Report on plague in the Punjab from October 1st ... to September 30th ..., being the ... season of plague in the province
Disease focus: Plague
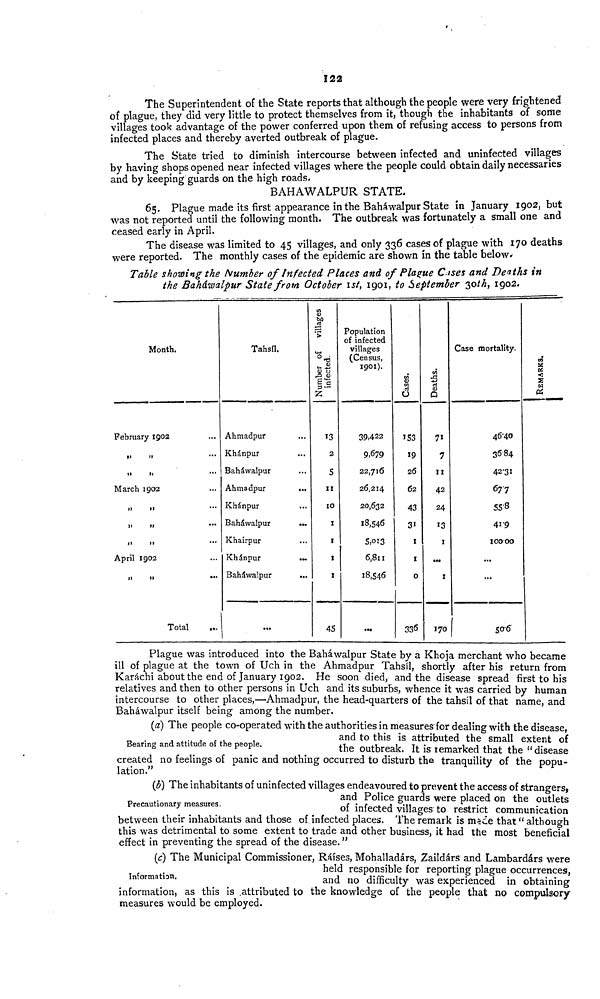
122
The Superintendent of the State reports that although the people were very frightened
of plague, they did very little to protect themselves from it, though the inhabitants of some
villages took advantage of the power conferred upon them of refusing access to persons from
infected places and thereby averted outbreak of plague.
The State tried to diminish intercourse between infected and uninfected villages
by having shops opened near infected villages where the people could obtain daily necessaries
and by keeping guards on the high roads.
BAHAWALPUR STATE.
65. Plague made its first appearance in the Baháwalpur State in January 1902, but
was not reported until the following month. The outbreak was fortunately a small one and
ceased early in April.
The disease was limited to 45 villages, and only 336 cases of plague with 170 deaths
were reported. The monthly cases of the epidemic are shown in the table below
Table showing the Number of Infected Places and of Plague Cises and Deaths in
the Baháwalpur State from October ist, 1901, to September 30 th, 1902.
Month.
February 1902 ...
'' '' ...
'' '' ...
March 1902 ...
...
" '' ...
'' " ...
April 1902 ...
'' " ...
Total
Tahsil.
Ahmadpur
Khánpur ...
Baháwalpur ...
Ahmadpur
...
Khánpur ...
Baháwalpur
...
Khairpur ...
Khánpur
...
Baháwalpur
...
...
Number of villages infected.
2
5
11
10
1
1
1
I
45
Population
of infected
villages
(Census,
1901).
39,422
9,679
22,716
26,214
20,632
18,546
5,013
6,811
18,546
...
Cases
153
19
26
62
43
'' ''
1
1
0
336
Deaths
7 1
7
11
42
24
13
1
...
1
170
Case mortality.
4640
3684
42-31
677
55-8
41-9
10000
...
...
50-6
REMARKS.
Bearing and attitude of the people.
Plague was introduced into the Baháwalpur State by a Khoja merchant who became
ill of plague at the town of Uch in the Ahmadpur Tahsil, shortly after his return from
Karachi about the end of January 1902. He soon died, and the disease spread first to his
relatives and then to other persons in Uch and its suburbs, whence it was carried by human
intercourse to other places,—Ahmadpur, the head-quarters of the tahsil of that name, and
Baháwalpur itself being among the number.
(a) The people co-operated with the authorities in measures for dealing with the disease,
and to this is attributed the small extent of
the outbreak. It is íemarked that the "disease
created no feelings of panic and nothing occurred to disturb the tranquility of the popu-
lation."
Precautionary measures.
(b) The inhabitants of uninfected villages endeavoured to prevent the access of strangers,
and Police guards were placed on the outlets
of infected villages to restrict communication
between their inhabitants and those of infected places. The remark is mace that " although
this was detrimental to some extent to trade and other business, it had the most beneficial
effect in preventing the spread of the disease. "
Information.
(c) The Municipal Commissioner, Raises, Mohalladárs, Zaildárs and Lambardárs were
held responsible for reporting plague occurrences,
and no difficulty was experienced in obtaining
information, as this is .attributed to the knowledge of the people that no compulsory
measures would be employed.